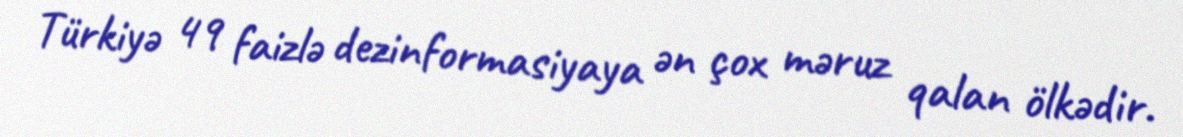
Türkiyə 49 faizlə dezinformasiyaya ən çox məruz qalan ölkədir.